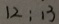
1 2 : 1 3